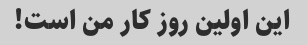
این اولین روز کار من است!